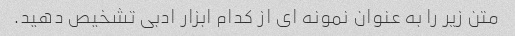
متن زیر را به عنوان نمونه ای از کدام ابزار ادبی تشخیص دهید.